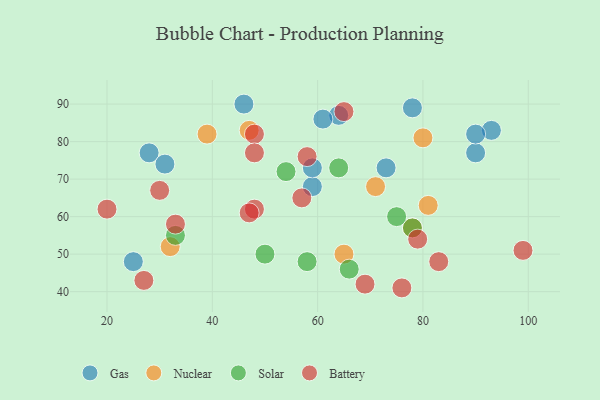
{"axis": {"x": "GDP", "y": "Life Expectancy"}, "legend": ["Battery", "Gas", "Nuclear", "Solar"], "data": [{"x": "25", "y": 48, "type": "Gas"}, {"x": "46", "y": 90, "type": "Gas"}, {"x": "93", "y": 83, "type": "Gas"}, {"x": "28", "y": 77, "type": "Gas"}, {"x": "78", "y": 89, "type": "Gas"}, {"x": "73", "y": 73, "type": "Gas"}, {"x": "90", "y": 77, "type": "Gas"}, {"x": "90", "y": 82, "type": "Gas"}, {"x": "59", "y": 68, "type": "Gas"}, {"x": "64", "y": 87, "type": "Gas"}, {"x": "59", "y": 73, "type": "Gas"}, {"x": "61", "y": 86, "type": "Gas"}, {"x": "31", "y": 74, "type": "Gas"}, {"x": "32", "y": 52, "type": "Nuclear"}, {"x": "81", "y": 63, "type": "Nuclear"}, {"x": "39", "y": 82, "type": "Nuclear"}, {"x": "47", "y": 83, "type": "Nuclear"}, {"x": "78", "y": 57, "type": "Nuclear"}, {"x": "65", "y": 50, "type": "Nuclear"}, {"x": "71", "y": 68, "type": "Nuclear"}, {"x": "80", "y": 81, "type": "Nuclear"}, {"x": "50", "y": 50, "type": "Solar"}, {"x": "54", "y": 72, "type": "Solar"}, {"x": "66", "y": 46, "type": "Solar"}, {"x": "58", "y": 48, "type": "Solar"}, {"x": "64", "y": 73, "type": "Solar"}, {"x": "33", "y": 55, "type": "Solar"}, {"x": "78", "y": 57, "type": "Solar"}, {"x": "75", "y": 60, "type": "Solar"}, {"x": "27", "y": 43, "type": "Battery"}, {"x": "79", "y": 54, "type": "Battery"}, {"x": "33", "y": 58, "type": "Battery"}, {"x": "48", "y": 62, "type": "Battery"}, {"x": "83", "y": 48, "type": "Battery"}, {"x": "69", "y": 42, "type": "Battery"}, {"x": "48", "y": 82, "type": "Battery"}, {"x": "58", "y": 76, "type": "Battery"}, {"x": "65", "y": 88, "type": "Battery"}, {"x": "30", "y": 67, "type": "Battery"}, {"x": "76", "y": 41, "type": "Battery"}, {"x": "20", "y": 62, "type": "Battery"}, {"x": "47", "y": 61, "type": "Battery"}, {"x": "57", "y": 65, "type": "Battery"}, {"x": "99", "y": 51, "type": "Battery"}, {"x": "48", "y": 77, "type": "Battery"}]}